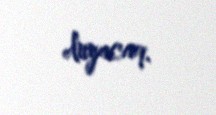
duyacaq.